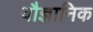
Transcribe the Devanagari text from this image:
वौज्ञानिक